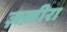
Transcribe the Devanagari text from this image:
ज़ख़ीरा